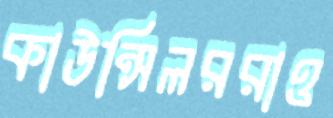
কাউন্সিলররাও